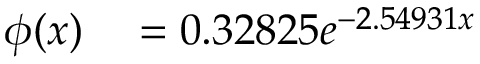
\begin{array} { r l } { \phi ( x ) } & { { } = 0 . 3 2 8 2 5 e ^ { - 2 . 5 4 9 3 1 x } } \end{array}